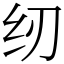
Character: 纫